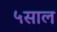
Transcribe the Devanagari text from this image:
५साल